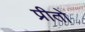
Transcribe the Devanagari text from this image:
प्रीतो